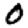
Digit: 0